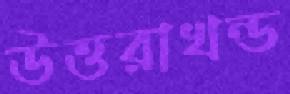
উত্তরাখন্ড